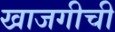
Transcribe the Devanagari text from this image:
खाजगीची